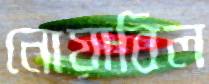
নোয়াবিল